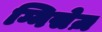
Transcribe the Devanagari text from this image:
ग्निसेज़